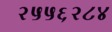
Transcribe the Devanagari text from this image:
२५५६२८४